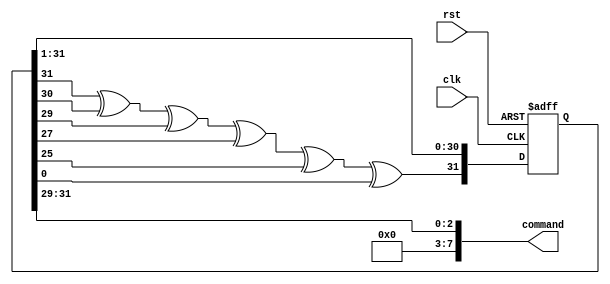
module botik(clk, rst, command);
  input clk;
  input rst;
  output [7:0] command;
  // output [31:0] cc;

  reg [31:0] shift_reg;
  wire next_bit;

  assign next_bit =
    shift_reg[31] ^
    shift_reg[30] ^
    shift_reg[29] ^
    shift_reg[27] ^
    shift_reg[25] ^
    shift_reg[ 0];
  assign command = {5'b0, shift_reg[31:29]};
  // assign cc = shift_reg;

  always @(posedge clk, posedge rst)
  begin
    if(rst) begin
      shift_reg <= 32'h1;
    end else begin
      shift_reg <= { next_bit, shift_reg[31:1] };
    end
  end
endmodule // botik